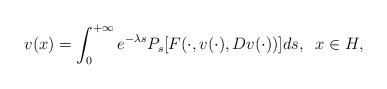
LaTeX: \begin{align*}v (x)= \int_0^{+\infty} e^{-\lambda s}P_{s}[F(\cdot,v(\cdot),Dv(\cdot))]ds,\; \; x \in H,\end{align*}